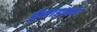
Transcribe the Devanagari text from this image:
ईसाइक्ला